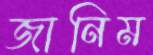
জানিম